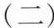
(二)